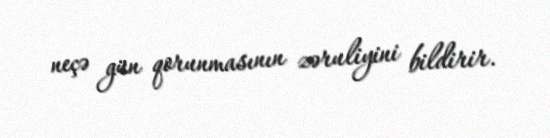
neçə gün qorunmasının zəruliyini bildirir.